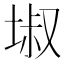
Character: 埱